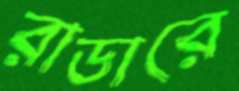
রাডারে